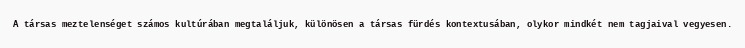
A társas meztelenséget számos kultúrában megtaláljuk, különösen a társas fürdés kontextusában, olykor mindkét nem tagjaival vegyesen.